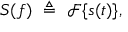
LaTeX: S ( f ) \ \triangleq \ { \mathcal { F } } \{ s ( t ) \} ,